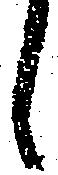
候